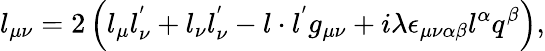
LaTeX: l_{\mu\nu}=2\left(l_{\mu}l_{\nu}^{'}+l_{\nu}l_{\nu}^{'}-l\cdot{l^{'}}g_{\mu\nu}+i\lambda\epsilon_{\mu\nu\alpha\beta}l^{\alpha}q^{\beta}\right),